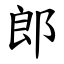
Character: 郎